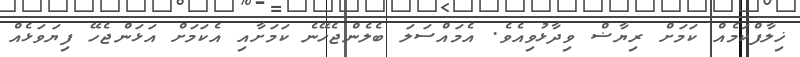
ޚިލާފްކަމެއް ކަމަށް ރިޔާޟް ވިދާޅުވިއެވެ. އެމައްސަލަ ބެލެންޖެހޭނެ ކަމަށާއި އެކަމަށް އަޅަންޖެހޭ ފިޔަވަޅެއް